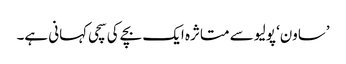
’ساون‘ پولیو سے متاثرہ ایک بچے کی سچی کہانی ہے۔